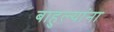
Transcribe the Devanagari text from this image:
बाहुल्यांना